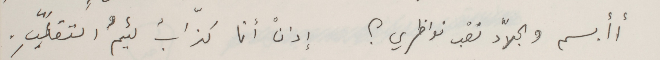
أأبسم والجلاد تعْب نواظري ؟                  إذنْ أنا كذابُ لئيمُ التقلّبِ.